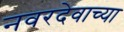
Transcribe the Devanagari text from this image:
नवरदेवाच्या